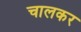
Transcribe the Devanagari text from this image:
चालकर